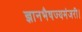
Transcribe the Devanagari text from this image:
ज्ञानभैषज्यमंजरी।